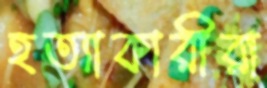
হত্যাকারীরা